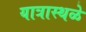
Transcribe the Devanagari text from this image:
यात्रास्थळे